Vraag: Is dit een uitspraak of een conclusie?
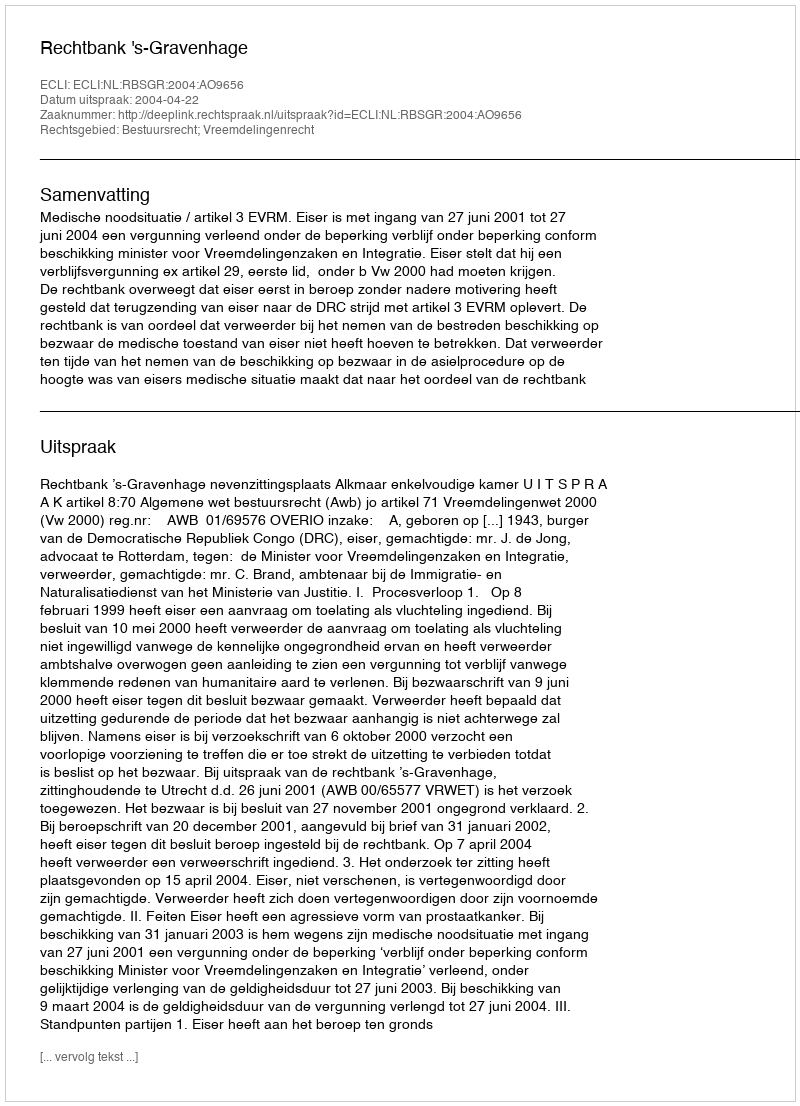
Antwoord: Uitspraak